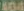
100